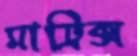
মাট্রিক্স